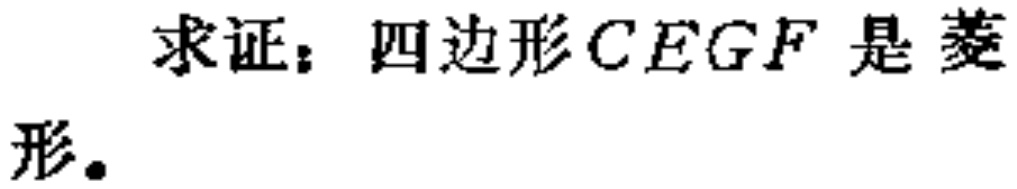
求证：四边形$CEGF$是菱形。